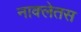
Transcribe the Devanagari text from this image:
नाक्लेतस